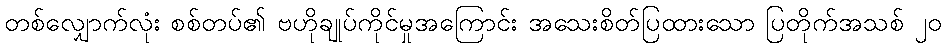
တစ်လျှောက်လုံး စစ်တပ်၏ ဗဟိုချုပ်ကိုင်မှုအကြောင်း အသေးစိတ်ပြထားသော ပြတိုက်အသစ် ၂၀